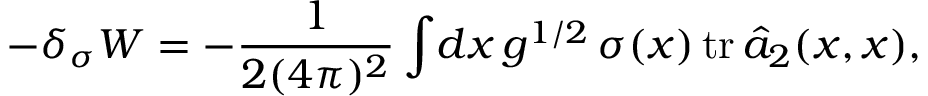
- \delta _ { \sigma } W = - \frac 1 { 2 ( 4 \pi ) ^ { 2 } } \int \! d x \, g ^ { 1 / 2 } \, \sigma ( x ) \, \mathrm { t r } \, \hat { a } _ { 2 } ( x , x ) ,